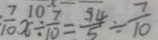
\frac { 7 } { 1 0 } x \div \frac { 7 } { 1 0 } = \frac { 1 4 } { 5 } \div \frac { 7 } { 1 0 }